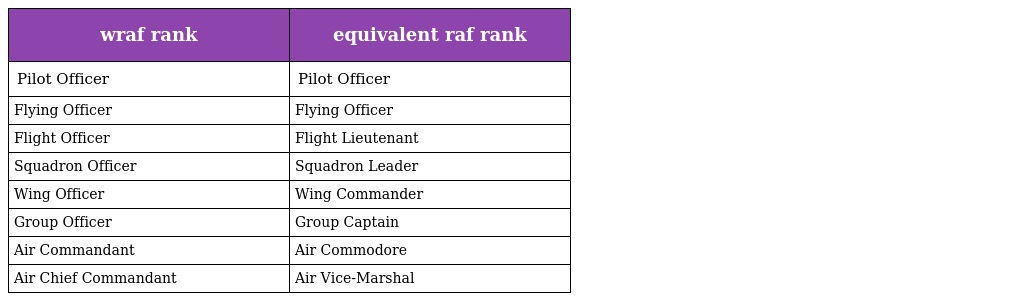
| wraf rank | equivalent raf rank |
 | --- | --- |
 | Pilot Officer | Pilot Officer |
 | Flying Officer | Flying Officer |
 | Flight Officer | Flight Lieutenant |
 | Squadron Officer | Squadron Leader |
 | Wing Officer | Wing Commander |
 | Group Officer | Group Captain |
 | Air Commandant | Air Commodore |
 | Air Chief Commandant | Air Vice-Marshal |